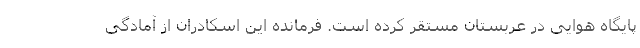
پایگاه هوایی در عربستان مستقر کرده است. فرمانده این اسکادران از آمادگی